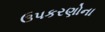
ઉપકરણોના